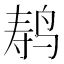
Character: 𬸍